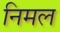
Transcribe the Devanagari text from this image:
निमल